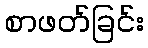
စာဖတ်ခြင်း